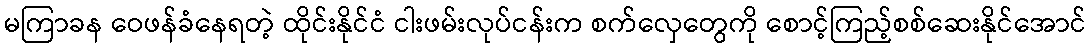
မကြာခန ဝေဖန်ခံနေရတဲ့ ထိုင်းနိုင်ငံ ငါးဖမ်းလုပ်ငန်းက စက်လှေတွေကို စောင့်ကြည့်စစ်ဆေးနိုင်အောင်